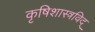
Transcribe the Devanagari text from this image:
कृषिशास्त्रविद्